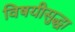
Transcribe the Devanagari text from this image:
विषयीसुद्धा